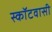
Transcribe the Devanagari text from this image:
स्कॉटवासी